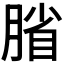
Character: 𫆦